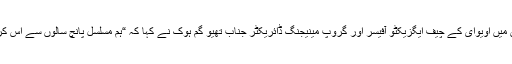
روایتی افتتاح کے موقع پر جاری کردہ بیان میں اویوای کے چیف ایگزیکٹو آفیسر اور گروپ مینیجنگ ڈائریکٹر جناب تھیو گم ہوک نے کہا کہ “ہم مسلسل پانچ سالوں سے اس کرسمس روایت کا جشن منانے پر خوش ہیں۔